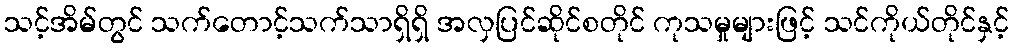
သင့်အိမ်တွင် သက်တောင့်သက်သာရှိရှိ အလှပြင်ဆိုင်စတိုင် ကုသမှုများဖြင့် သင်ကိုယ်တိုင်နှင့်